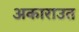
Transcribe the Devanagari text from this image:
अकाराउत